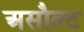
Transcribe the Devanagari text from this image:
असौल्ट